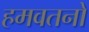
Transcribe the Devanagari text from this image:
हमवतनों